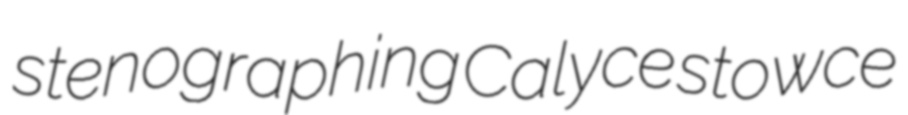
stenographing Calyce stowce